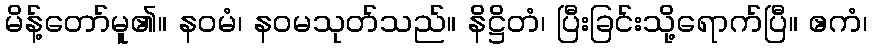
မိန့်တော်မူ၏။ နဝမံ၊ နဝမသုတ်သည်။ နိဋ္ဌိတံ၊ ပြီးခြင်းသို့ရောက်ပြီ။ ဧကံ၊